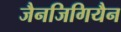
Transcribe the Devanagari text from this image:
जैनजिगियैन